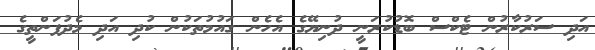
އަދި ސަރުކާރުން ޓެކްސް ބޮޑުކުރަނީ ދުނިޔޭގެ އެހެން ގައުމުތަކުން ކުދި އަދި މެދުފަންތީގެ